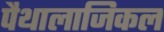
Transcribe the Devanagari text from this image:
पैथालाजिकल